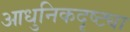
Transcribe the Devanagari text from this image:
आधुनिकदृष्ट्या